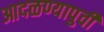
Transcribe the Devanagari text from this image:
आदळण्यापुर्वी